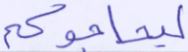
ليحاجوكم